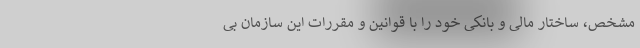
مشخص، ساختار مالی و بانکی خود را با قوانین و مقررات این سازمان بی